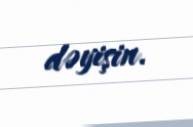
dəyişin.